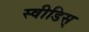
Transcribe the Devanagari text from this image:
स्वीडिस्